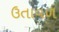
ઉતાવળ